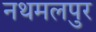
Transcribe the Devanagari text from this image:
नथमलपुर